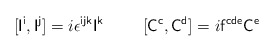
\begin{align*}[{\sf I}^{\sf i},{\sf I}^{\sf j}]=i\epsilon^{\sf ijk}{\sf I}^{\sf k}\hskip1.0cm[{\sf C}^{\sf c},{\sf C}^{\sf d}]=i{\sf f}^{\sf cde}{\sf C}^{\sf e}\end{align*}